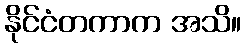
နိုင်ငံတကာက အသိ။